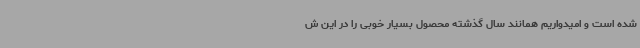
شده است و امیدواریم همانند سال گذشته محصول بسیار خوبی را در این ش